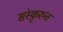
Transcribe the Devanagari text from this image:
संस्कृरुत